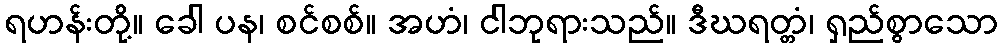
ရဟန်းတို့။ ခေါ ပန၊ စင်စစ်။ အဟံ၊ ငါဘုရားသည်။ ဒီဃရတ္တံ၊ ရှည်စွာသော